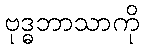
ဗုဒ္ဓဘာသာကို